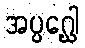
အပ္ပဂ္ဃေါ